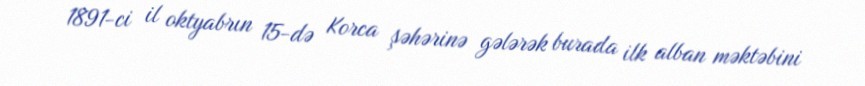
1891-ci il oktyabrın 15-də Korca şəhərinə gələrək burada ilk alban məktəbini